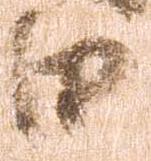
田